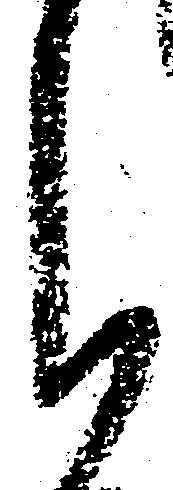
月